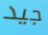
جيد